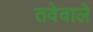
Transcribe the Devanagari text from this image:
तवेवाले